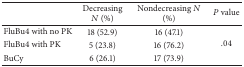
<table><thead><tr><td><b> </b></td><td><b>Decreasing <i>N</i> (%)</b></td><td><b>Nondecreasing <i>N</i> (%)</b></td><td><b><i>P</i> value</b></td></tr></thead><tbody><tr><td>FluBu4 with no PK</td><td>18 (52.9)</td><td>16 (47.1)</td><td rowspan="3">.04</td></tr><tr><td>FluBu4 with PK</td><td>5 (23.8)</td><td>16 (76.2)</td></tr><tr><td>BuCy</td><td>6 (26.1)</td><td>17 (73.9)</td></tr></tbody></table>